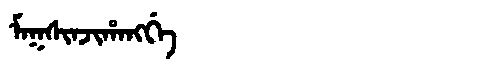
Manchu: ᠮᠠᡴᠰᡳᠨᠵᡳᡥᠠᠩᡤᡝ
Romanization: MAKSINJIHANGGE